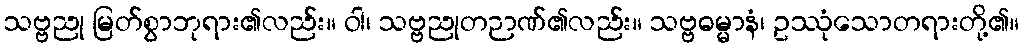
သဗ္ဗညု မြတ်စွာဘုရား၏လည်း။ ဝါ၊ သဗ္ဗညုတဉာဏ်၏လည်း။ သဗ္ဗဓမ္မာနံ၊ ဥဿုံသောတရားတို့၏။